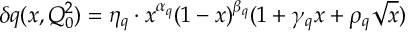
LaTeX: \delta q ( x , Q _ { 0 } ^ { 2 } ) = \eta _ { q } \cdot x ^ { \alpha _ { q } } ( 1 - x ) ^ { \beta _ { q } } ( 1 + \gamma _ { q } x + \rho _ { q } \sqrt { x } )